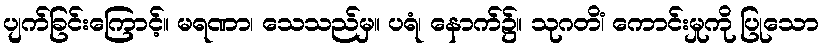
ပျက်ခြင်းကြောင့်။ မရဏာ၊ သေသည်မှ။ ပရံ၊ နောက်၌။ သုဂတိံ၊ ကောင်းမှုကို ပြုသော